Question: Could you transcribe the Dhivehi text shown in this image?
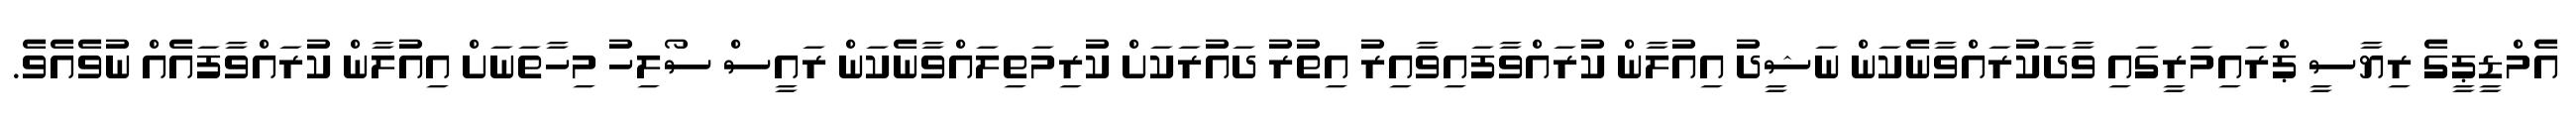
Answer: އެމްޑީޕީގެ ރިޔާސީ ޕްރައިމަރީގައި ވާދަކުރައްވާނެކަން ނަޝީދު އިއުލާން ކުރައްވާފައިވާއިރު އިތުރު ދައުރަކަށް ކުރިމަތިލައްވާނެކަން ރައީސް ސޯލިހު މިހާތަނަށް އިއުލާން ކުރައްވާފައެއް ނުވެއެވެ.